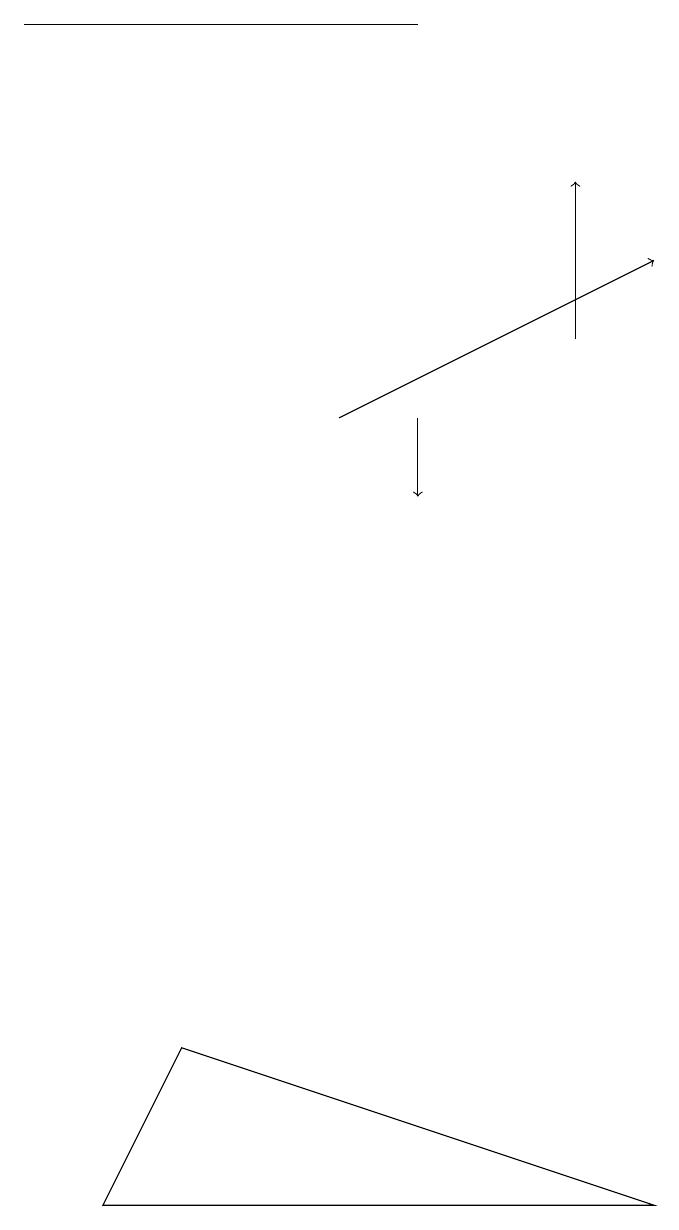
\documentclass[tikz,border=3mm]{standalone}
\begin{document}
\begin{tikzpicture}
\draw (5,19) rectangle (0,19);
\draw (1,4) -- (8,4) -- (2,6) -- cycle;
\draw[->] (4,14) -- (8,16);
\draw[->] (7,15) -- (7,17);
\draw[->] (5,14) -- (5,13);
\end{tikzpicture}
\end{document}